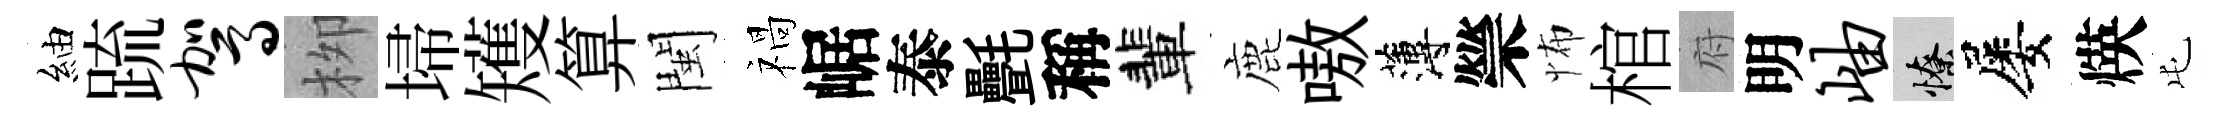
紬䟽驾栁埽矱算閩禍崌泰㲲稱輩鹿嗷薄禜怖棺府明岫憭屡煐屯